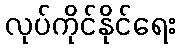
လုပ်ကိုင်နိုင်ရေး